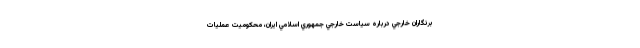
برنگاران خارجي درباره سياست خارجي جمهوري اسلامي ايران، محكوميت عمليات